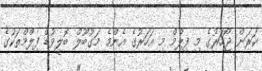
ކަރަން ޖޯހަރުގެ މި ފިލްމް މި އަހަރުގެ އެންމެ މަގުބޫލް ބޮލީވުޑް ފިލްމްތަކުގެ